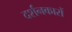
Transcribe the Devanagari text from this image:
दर्शनकारों